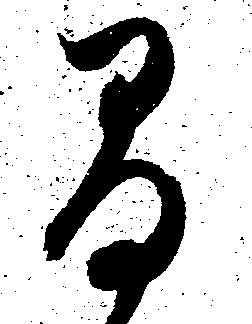
間